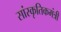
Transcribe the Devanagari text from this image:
सांस्कृतिकमंत्री